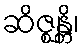
ဆိဇ္ဈန္တိ၊